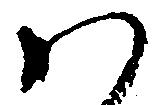
ハ